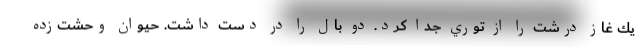
يك غاز درشت را از توري جدا كرد. دو بال را در دست داشت. حيوان وحشت‌زده